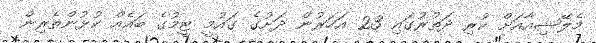
މެލޭޝިއާއަށް ކުރި ދަތުރުގައި 23 އަހަރުން ދަށުގެ ގައުމީ ޓީމުގެ ބައެއް ކުޅުންތެރިން